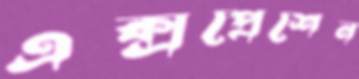
এক্সপ্রেশেন